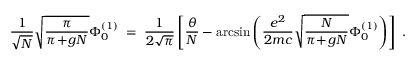
\frac { 1 } { \sqrt { N } } \sqrt { \frac { \pi } { \pi \! + \! g N } } \Phi _ { 0 } ^ { ( 1 ) } \; = \; \frac { 1 } { 2 \sqrt { \pi } } \left[ \frac { \theta } { N } - \arcsin \left( \frac { e ^ { 2 } } { 2 m c } \sqrt { \frac { N } { \pi \! + \! g N } } \Phi _ { 0 } ^ { ( 1 ) } \right) \right] \; .